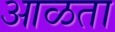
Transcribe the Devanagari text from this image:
आळता